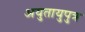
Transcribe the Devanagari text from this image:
अयुतायुपुत्र